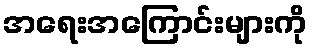
အရေးအကြောင်းများကို